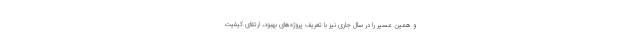
و همین مسیر را در سال جاری نیز با تعریف پروژه‌های بهبود، ارتقای کیفیت